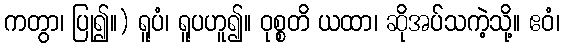
ကတွာ၊ ပြု၍။) ရူပံ၊ ရူပဟူ၍။ ဝုစ္စတိ ယထာ၊ ဆိုအပ်သကဲ့သို့။ ဧဝံ၊